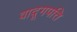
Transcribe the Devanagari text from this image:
वादूगपत्ति